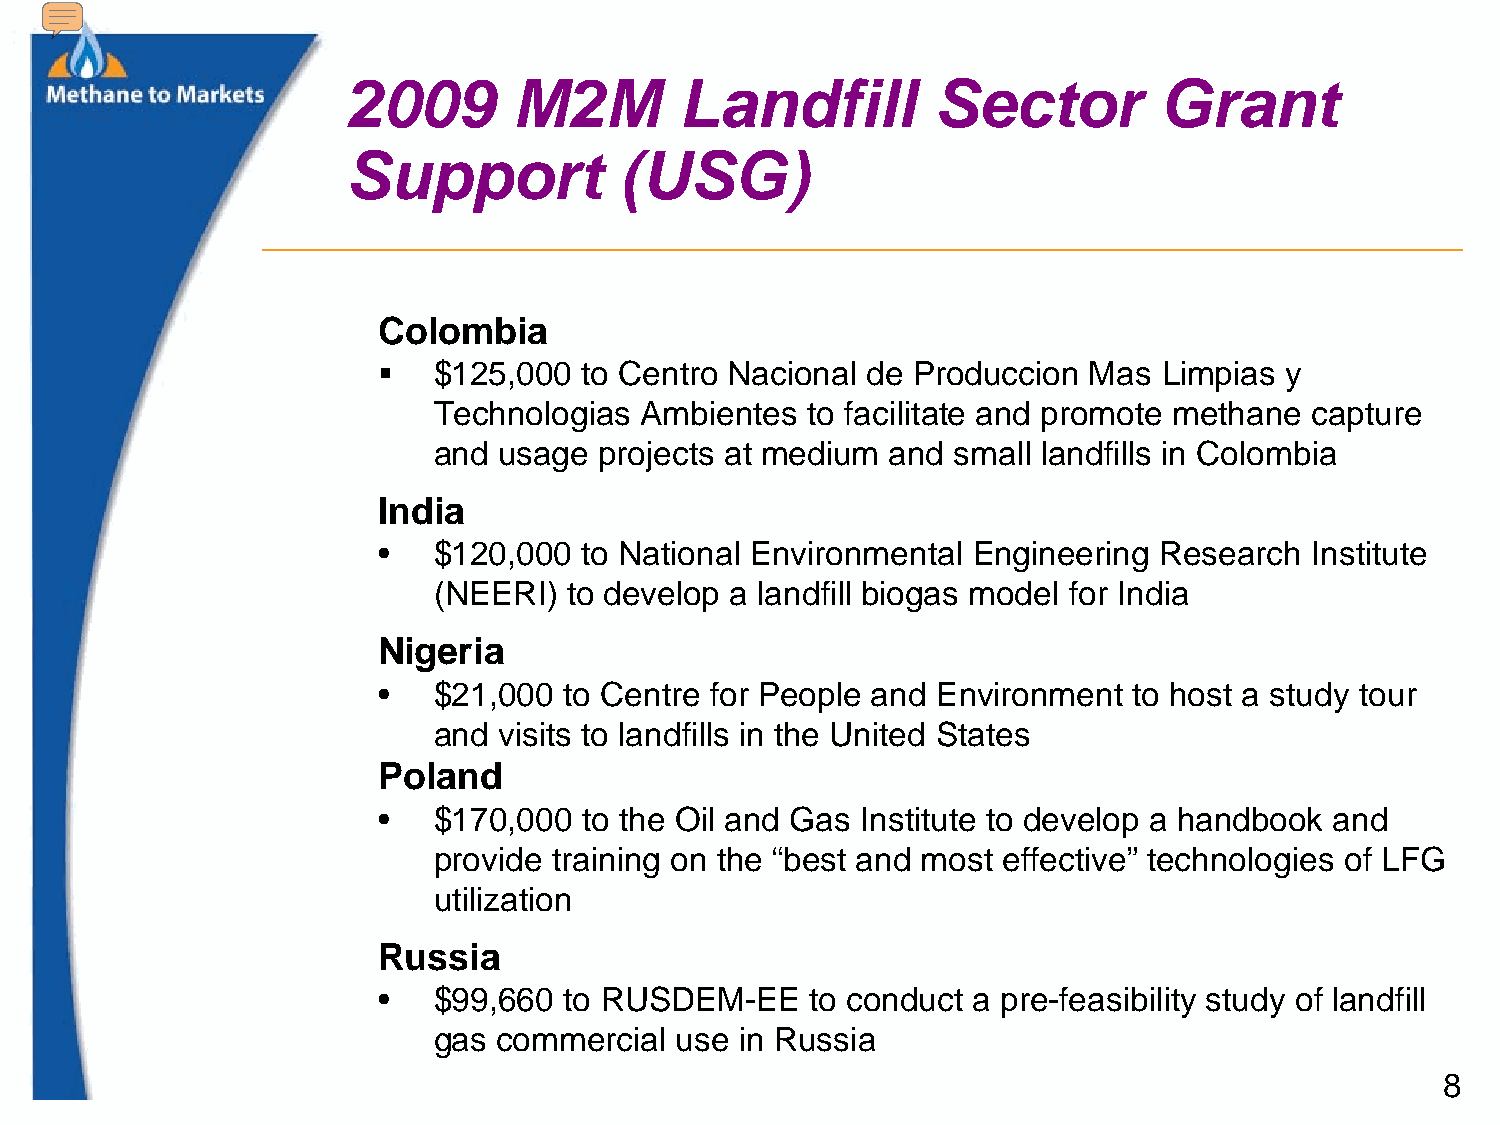
2009       M2M        Landfill         Sector         Grant
 Support           (USG)
 Colombia
    $125,000  to Centro Nacional de Produccion Mas  Limpias y
 Technologias Ambientes  to facilitate and promote methane capture
 an d usage projects at medium and small landfills in Colombia
 India
 •   $120,000  to National Environmental Engineering Research  Institute
 (NEERI)  to develop a landfill biogas model for India
 Nigeria
 •   $21,000 to Centre for People and Environment  to host a study tour
 and visits to landfills in the United States
 Poland
 •   $170,000  to the Oil and Gas Institute to develop a handbook and
 provide training on the “best and most effective” technologies of LFG
 utilization
 Russia
 •   $99,660 to RUSDEM-EE     to conduct a pre-feasibility study of landfill
 gas commercial  use in Russia
 8